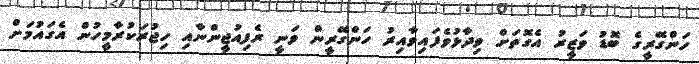
ހަންގޭރީގެ ބޮޑު ވަޒީރު އެގޮތަށް ވިދާޅުވެފައިވާއިރު ހަންގޭރީން ވަނީ ރެފިއުޖީންނާއި ހިޖުރަކުރާމީހުން އެގައުމަށް